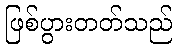
ဖြစ်ပွားတတ်သည်